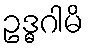
ဥဒ္ဓဂါမိ